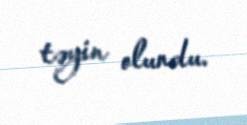
təyin olundu.